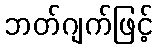
ဘတ်ဂျက်ဖြင့်